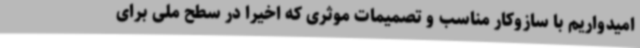
امیدواریم با سازوکار مناسب و تصمیمات موثری که اخیرا در سطح ملی برای